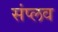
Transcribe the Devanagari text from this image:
संप्लव